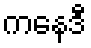
ကနေဒီ